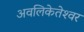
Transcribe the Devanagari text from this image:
अवलिकेतेश्‍वर